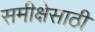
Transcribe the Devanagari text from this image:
समीक्षेसाठी